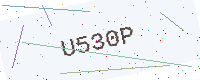
Text: U530P